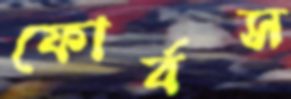
ফোর্বস